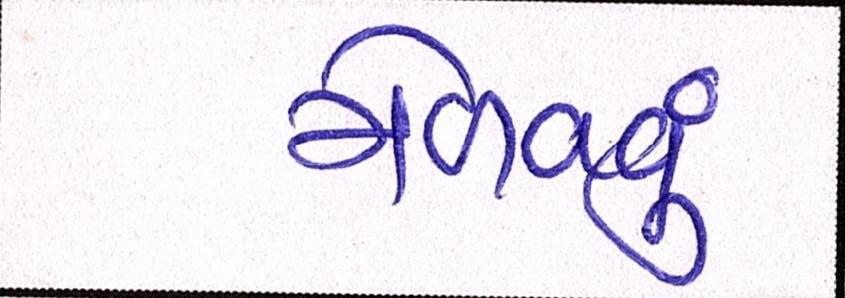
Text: મેળવવું